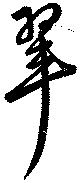
翠